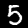
Digit: 5